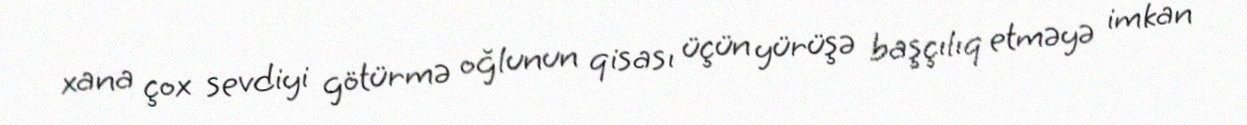
xana çox sevdiyi götürmə oğlunun qisası üçün yürüşə başçılıq etməyə imkan